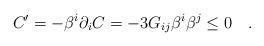
LaTeX: \begin{align*}C' = - \beta^i\partial_i C = - 3 G_{ij}\beta^i\beta^j \leq 0\quad.\end{align*}